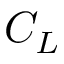
C _ { L }